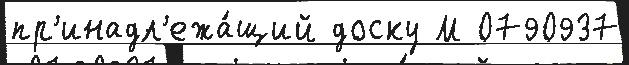
пр'инадл'ежа́щий доску М 0790937